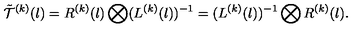
\tilde { { \cal T } } ^ { ( k ) } ( l ) = R ^ { ( k ) } ( l ) \bigotimes ( L ^ { ( k ) } ( l ) ) ^ { - 1 } = ( L ^ { ( k ) } ( l ) ) ^ { - 1 } \bigotimes R ^ { ( k ) } ( l ) .